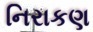
નિરાકણ